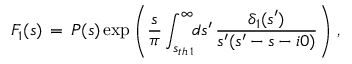
F _ { 1 } ( s ) \, = \, P ( s ) \exp \left( \frac { s } { \pi } \int _ { s _ { t h \, 1 } } ^ { \infty } \! \! d s ^ { \prime } \, \frac { \delta _ { 1 } ( s ^ { \prime } ) } { s ^ { \prime } ( s ^ { \prime } - s - i 0 ) } \right) \, ,